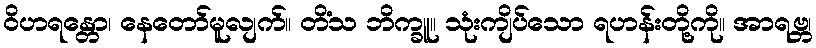
ဝိဟရန္တော၊ နေတော်မူလျက်။ တိံသ ဘိက္ခူ။ သုံးကျိပ်သော ရဟန်းတို့ကို။ အာရဗ္ဘ၊